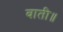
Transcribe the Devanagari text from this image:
बाती॥